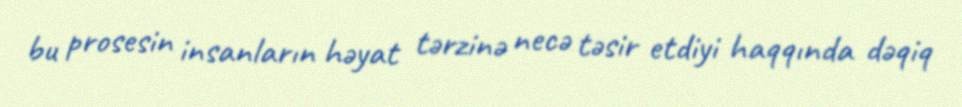
bu prosesin insanların həyat tərzinə necə təsir etdiyi haqqında dəqiq